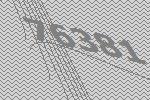
76381